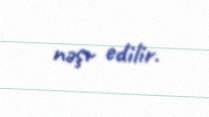
nəşr edilir.